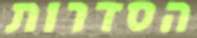
הסדרות